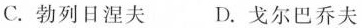
C. 勃列日涅夫 D.戈尔巴乔夫